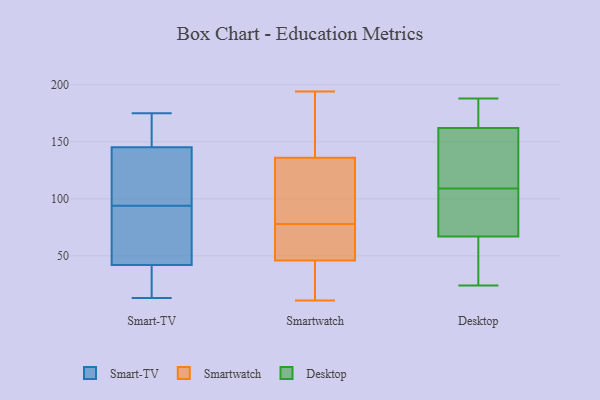
{"axis": {"x": "Revenue (USD Million)", "y": "Value"}, "legend": ["Desktop", "Smart-TV", "Smartwatch"], "data": [{"x": "", "y": 94, "type": "Smart-TV"}, {"x": "", "y": 39, "type": "Smart-TV"}, {"x": "", "y": 163, "type": "Smart-TV"}, {"x": "", "y": 140, "type": "Smart-TV"}, {"x": "", "y": 63, "type": "Smart-TV"}, {"x": "", "y": 126, "type": "Smart-TV"}, {"x": "", "y": 25, "type": "Smart-TV"}, {"x": "", "y": 43, "type": "Smart-TV"}, {"x": "", "y": 161, "type": "Smart-TV"}, {"x": "", "y": 13, "type": "Smart-TV"}, {"x": "", "y": 108, "type": "Smart-TV"}, {"x": "", "y": 175, "type": "Smart-TV"}, {"x": "", "y": 66, "type": "Smart-TV"}, {"x": "", "y": 47, "type": "Smartwatch"}, {"x": "", "y": 55, "type": "Smartwatch"}, {"x": "", "y": 118, "type": "Smartwatch"}, {"x": "", "y": 68, "type": "Smartwatch"}, {"x": "", "y": 43, "type": "Smartwatch"}, {"x": "", "y": 62, "type": "Smartwatch"}, {"x": "", "y": 104, "type": "Smartwatch"}, {"x": "", "y": 187, "type": "Smartwatch"}, {"x": "", "y": 125, "type": "Smartwatch"}, {"x": "", "y": 19, "type": "Smartwatch"}, {"x": "", "y": 39, "type": "Smartwatch"}, {"x": "", "y": 194, "type": "Smartwatch"}, {"x": "", "y": 78, "type": "Smartwatch"}, {"x": "", "y": 181, "type": "Smartwatch"}, {"x": "", "y": 84, "type": "Smartwatch"}, {"x": "", "y": 169, "type": "Smartwatch"}, {"x": "", "y": 11, "type": "Smartwatch"}, {"x": "", "y": 152, "type": "Desktop"}, {"x": "", "y": 179, "type": "Desktop"}, {"x": "", "y": 172, "type": "Desktop"}, {"x": "", "y": 90, "type": "Desktop"}, {"x": "", "y": 94, "type": "Desktop"}, {"x": "", "y": 162, "type": "Desktop"}, {"x": "", "y": 91, "type": "Desktop"}, {"x": "", "y": 124, "type": "Desktop"}, {"x": "", "y": 67, "type": "Desktop"}, {"x": "", "y": 136, "type": "Desktop"}, {"x": "", "y": 39, "type": "Desktop"}, {"x": "", "y": 38, "type": "Desktop"}, {"x": "", "y": 24, "type": "Desktop"}, {"x": "", "y": 188, "type": "Desktop"}]}